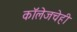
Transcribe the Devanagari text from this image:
कॉलेजचेही